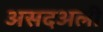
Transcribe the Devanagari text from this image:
असदअली